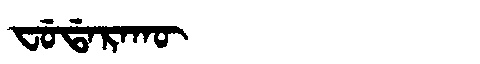
Manchu: ᠸᡠᡩᠠᡵᠠᡴᡡ
Romanization: FUDARAKŪ